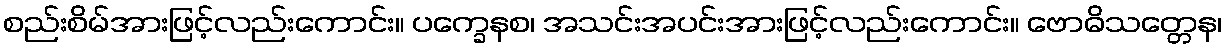
စည်းစိမ်အားဖြင့်လည်းကောင်း။ ပက္ခေနစ၊ အသင်းအပင်းအားဖြင့်လည်းကောင်း။ ဗောဓိသတ္တေန၊